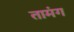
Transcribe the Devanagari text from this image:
तामंग